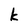
Character: k